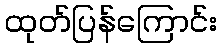
ထုတ်ပြန်ကြောင်း